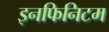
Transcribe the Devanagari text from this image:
इनफिनिटम